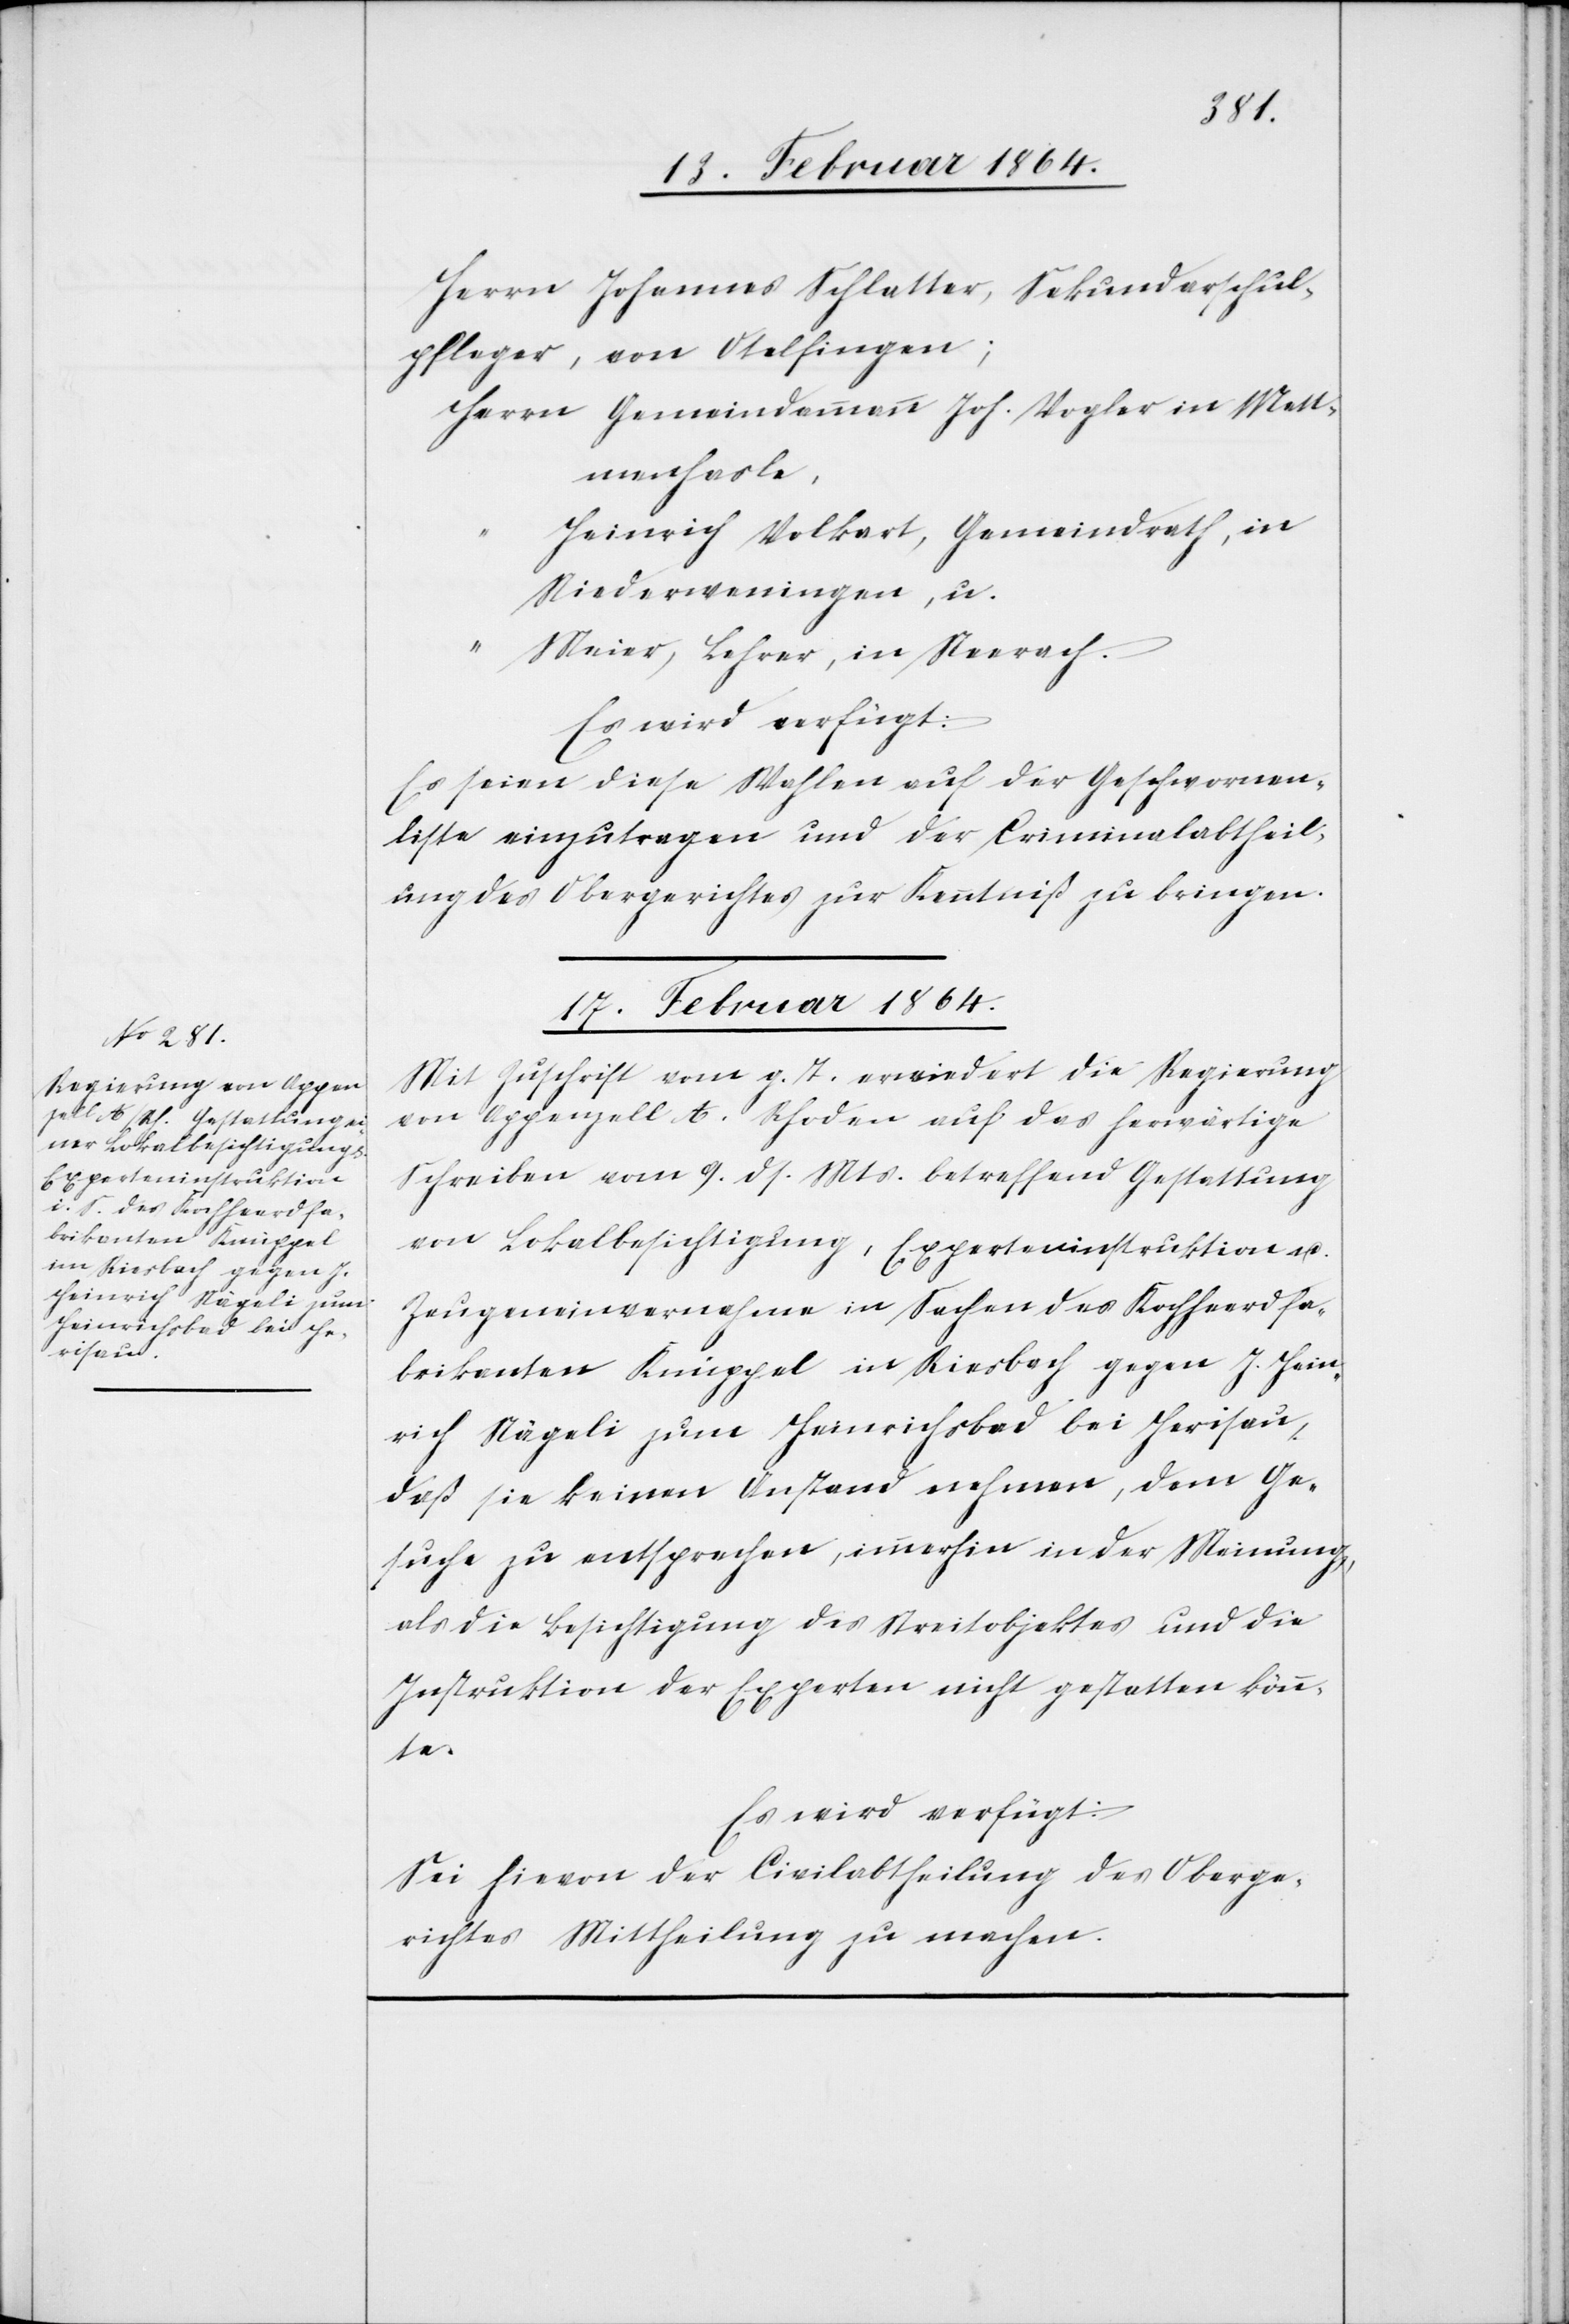
Herrn Johannes Schlatter, Sekundarschul¬
pfleger, von Otelfingen;
Herrn Gemeindammann Joh. Vogler in Mett¬
menhasle,
Heinrich Volkart, Gemeindrath, in
Niederweningen, u.
“ Maier, Lehrer, in Neerach.
Es wird verfügt:
Es seien diese Wahlen auf der Geschworenen¬
liste einzutragen und der Criminalabtheil¬
ung des Obergerichtes zur Kenntniß zu bringen.
17. Februar 1864.
Mit Zuschrift vom g. T. erwiedert die Regierung
von Appenzell A. Rhoden auf das herwärtige
Schreiben vom 9. ds. Mts. betreffend Gestattung
von Lokalbesichtigung, Experteninstruktion u.
Zeugeneinvernahme in Sachen des Kochherdfa¬
brikanten Knüppel in Riesbach gegen J. Hein¬
rich Nägeli zum Heinrichsbad bei Herisau,
daß sie keinen Anstand nehmen, dem Ge¬
suche zu entsprechen, immerhin in der Meinung,
als die Besichtigung des Streitobjektes und die
Instruktion der Experten nicht gestatten könn¬
te
Es wird verfügt:
Sei hievon der Civilabtheilung des Oberge¬
richtes Mittheilung zu machen.